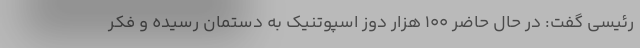
رئیسی گفت: در حال حاضر ۱۰۰ هزار دوز اسپوتنیک به دستمان رسیده و فکر